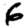
Digit: 6